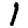
Digit: 1